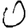
Digit: 0